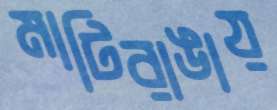
মাটিরাঙায়